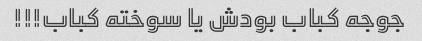
جوجه کباب بودش یا سوخته کباب!!!